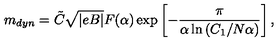
m _ { d y n } = \tilde { C } \sqrt { | e B | } F ( \alpha ) \exp \left[ - \frac { \pi } { \alpha \ln \left( C _ { 1 } / N \alpha \right) } \right] ,